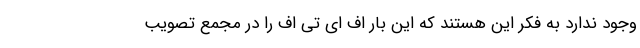
وجود ندارد به فکر این هستند که این بار اف ای تی اف را در مجمع تصویب